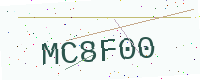
Text: MC8F00